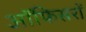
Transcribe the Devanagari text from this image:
ऑफिसरों